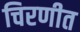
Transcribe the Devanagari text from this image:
चिरणीत